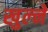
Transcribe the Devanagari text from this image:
खुल्ने